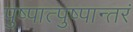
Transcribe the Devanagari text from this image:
पुष्पात्पुष्पान्तरं